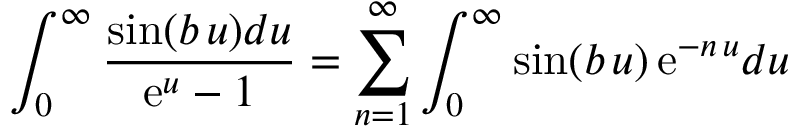
\int _ { 0 } ^ { \infty } { \frac { \sin ( b \, u ) d u } { \mathrm { e } ^ { u } - 1 } } = \sum _ { n = 1 } ^ { \infty } \int _ { 0 } ^ { \infty } \sin ( b \, u ) \, \mathrm { e } ^ { - n \, u } d u